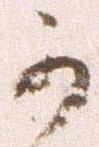
可